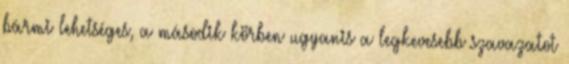
bármi lehetséges, a második körben ugyanis a legkevesebb szavazatot